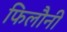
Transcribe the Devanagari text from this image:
फिलौनी